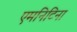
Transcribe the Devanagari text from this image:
एमनिटिना